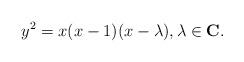
LaTeX: \begin{align*}y^2 = x (x - 1) (x -\lambda), \lambda\in \mathbf{C}.\end{align*}